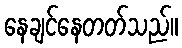
နေချင်နေတတ်သည်။